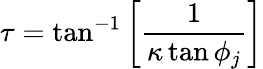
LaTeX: \tau=\tan^{-1}\left[\frac{1}{\kappa\tan\phi_{j}}\right]